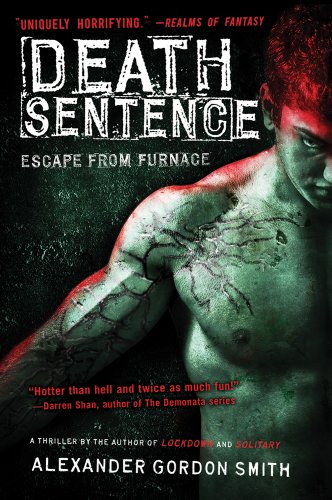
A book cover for Death Sentence: Escape from Furnace 3; Alexander Gordon Smith; Teen & Young Adult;